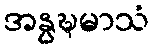
အနွဍ္ဎမာသံ